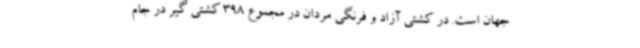
جهان است. در کشتی آزاد و فرنگی مردان در مجموع 398 کشتی گیر در جام